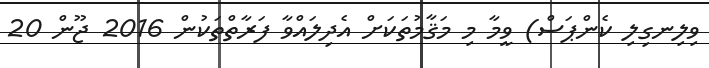
ވިލިނގިލި ކެންޕަސް) ވީމާ މި މަޤާމުތަކަށް އެދިލައްވާ ފަރާތްތަކުން 2016 ޖޫން 20